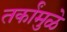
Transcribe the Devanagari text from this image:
तर्कांमुळे